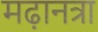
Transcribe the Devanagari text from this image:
मढ़ानत्रा